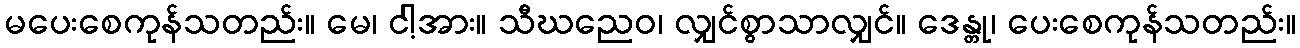
မပေးစေကုန်သတည်း။ မေ၊ ငါ့အား။ သီဃညေဝ၊ လျှင်စွာသာလျှင်။ ဒေန္တု၊ ပေးစေကုန်သတည်း။